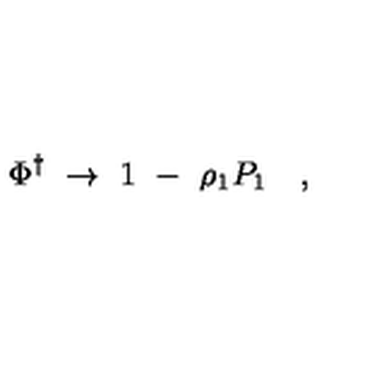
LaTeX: \Phi ^ { \dagger } \ \to \ 1 \ - \ \rho _ { 1 } P _ { 1 } \quad ,